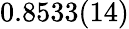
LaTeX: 0.8533(14)